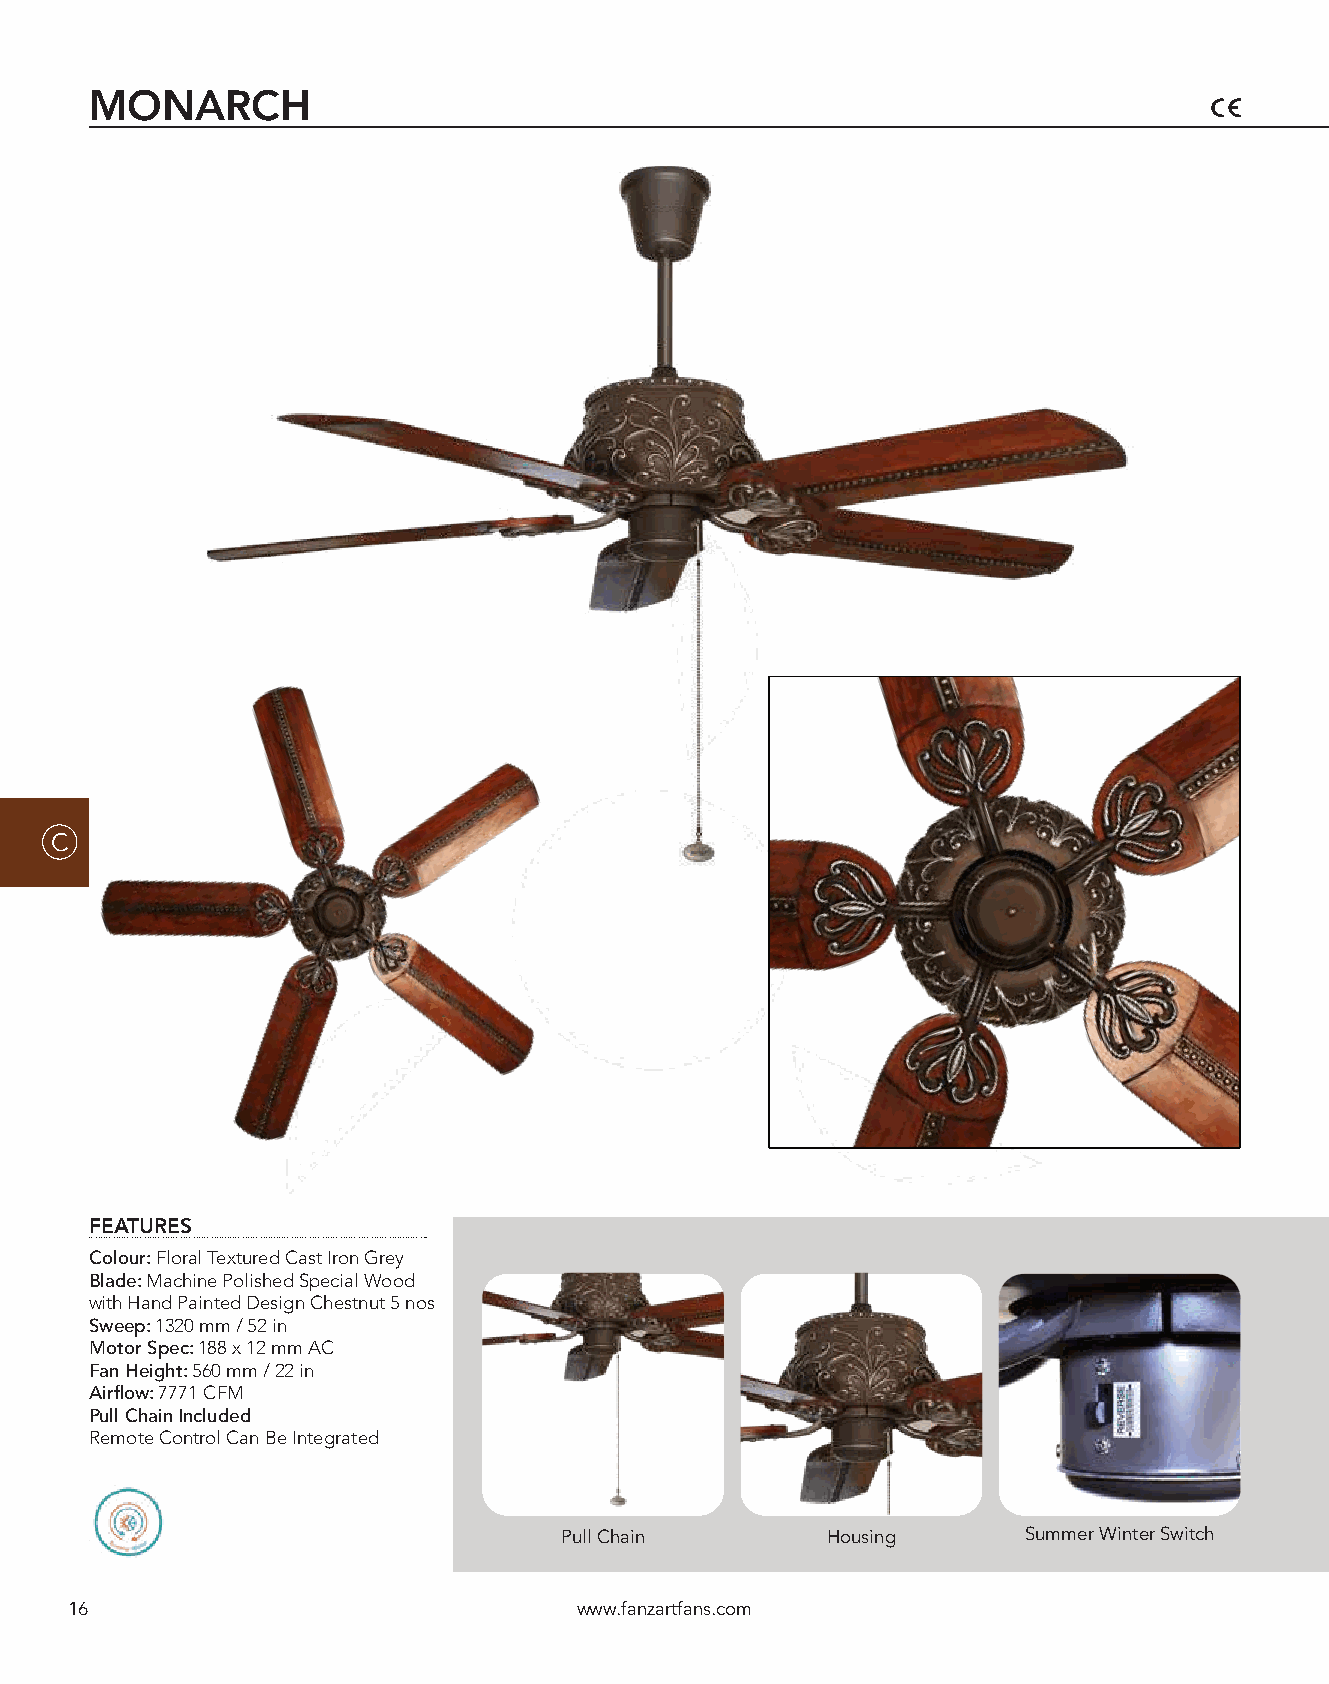
MONARCH
 C
 FEATURES
 Colour: Floral Textured Cast Iron Grey
 Blade: Machine Polished Special Wood
 with Hand Painted Design Chestnut 5 nos
 Sweep: 1320 mm / 52 in
 Motor Spec: 188 x 12 mm AC
 Fan Height: 560 mm / 22 in
 Airflow: 7771 CFM
 Pull Chain Included
 Remote Control Can Be Integrated
 Pull Chain        Housing      Summer Winter Switch
 16                                www.fanzartfans.com